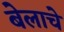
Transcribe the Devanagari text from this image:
बेलाचे